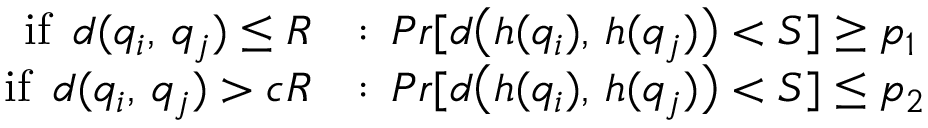
\begin{array} { r l } { \mathrm { i f } \, \, \, d ( q _ { i } , \, q _ { j } ) \leq R } & { : \, P r [ d \big ( h ( q _ { i } ) , \, h ( q _ { j } ) \big ) < S ] \geq p _ { 1 } } \\ { \mathrm { i f } \, \, \, d ( q _ { i } , \, q _ { j } ) > c R } & { : \, P r [ d \big ( h ( q _ { i } ) , \, h ( q _ { j } ) \big ) < S ] \leq p _ { 2 } } \end{array}